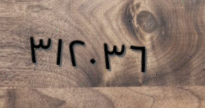
٣١٢٠٣٦